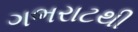
ગભરાટથી